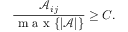
\frac { \mathcal { A } _ { i j } } { \mathrm { ~ m ~ a ~ x ~ } \{ | \mathcal { A } | \} } \geq C .